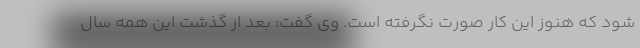
شود که هنوز این کار صورت نگرفته است. وی گفت: بعد از گذشت این همه سال